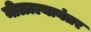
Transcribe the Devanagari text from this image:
मीळाल्यानंतर